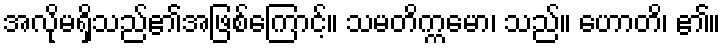
အလိုမရှိသည်၏အဖြစ်ကြောင့်။ သမတိက္ကမော၊ သည်။ ဟောတိ၊ ၏။